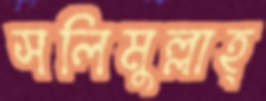
সলিমুল্লাহ্